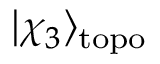
| \chi _ { 3 } \rangle _ { \mathrm { t o p o } }